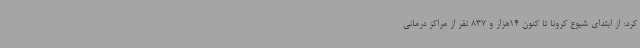
کرد: از ابتدای شیوع کرونا تا کنون 14هزار و 837 نفر از مراکز درمانی